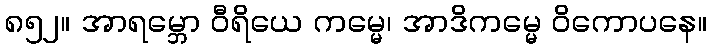
၈၅၂။ အာရမ္ဘော ဝီရိယေ ကမ္မေ၊ အာဒိကမ္မေ ဝိကောပနေ။